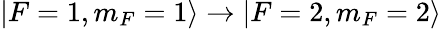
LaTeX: |F=1,m_{F}=1\rangle\rightarrow|F=2,m_{F}=2\rangle